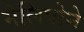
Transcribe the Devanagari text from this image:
मेलिपोने